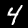
Label: 4